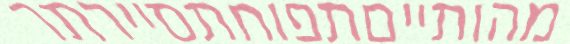
מהותייםתפוחתסיירתר